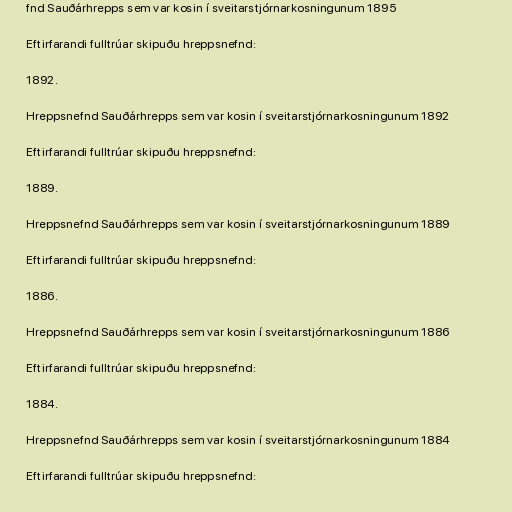
fnd Sauðárhrepps sem var kosin í sveitarstjórnarkosningunum 1895

Eftirfarandi fulltrúar skipuðu hreppsnefnd:

1892.

Hreppsnefnd Sauðárhrepps sem var kosin í sveitarstjórnarkosningunum 1892

Eftirfarandi fulltrúar skipuðu hreppsnefnd:

1889.

Hreppsnefnd Sauðárhrepps sem var kosin í sveitarstjórnarkosningunum 1889

Eftirfarandi fulltrúar skipuðu hreppsnefnd:

1886.

Hreppsnefnd Sauðárhrepps sem var kosin í sveitarstjórnarkosningunum 1886

Eftirfarandi fulltrúar skipuðu hreppsnefnd:

1884.

Hreppsnefnd Sauðárhrepps sem var kosin í sveitarstjórnarkosningunum 1884

Eftirfarandi fulltrúar skipuðu hreppsnefnd: